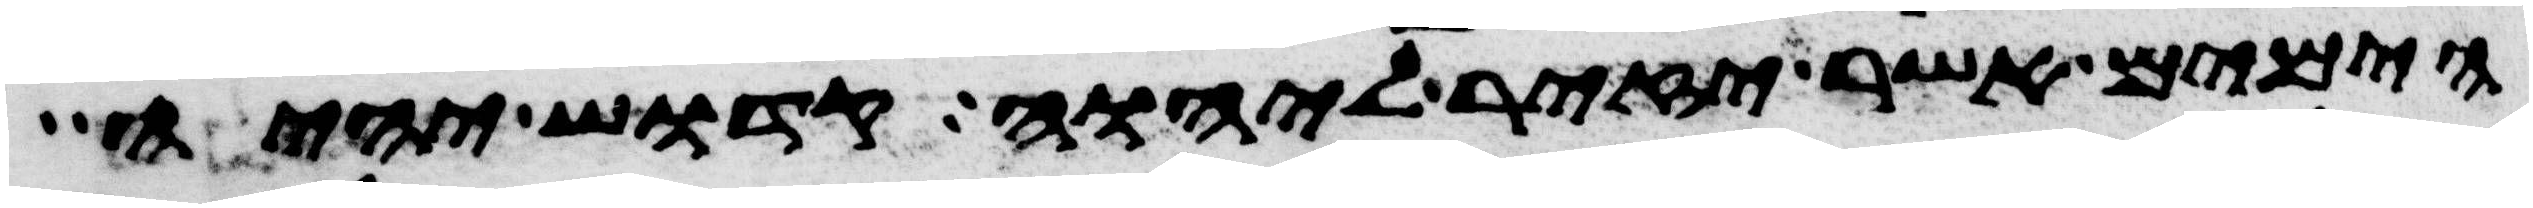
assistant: הימים אשר יזיר ליהוה קדוש יהיה